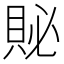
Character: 𲂬